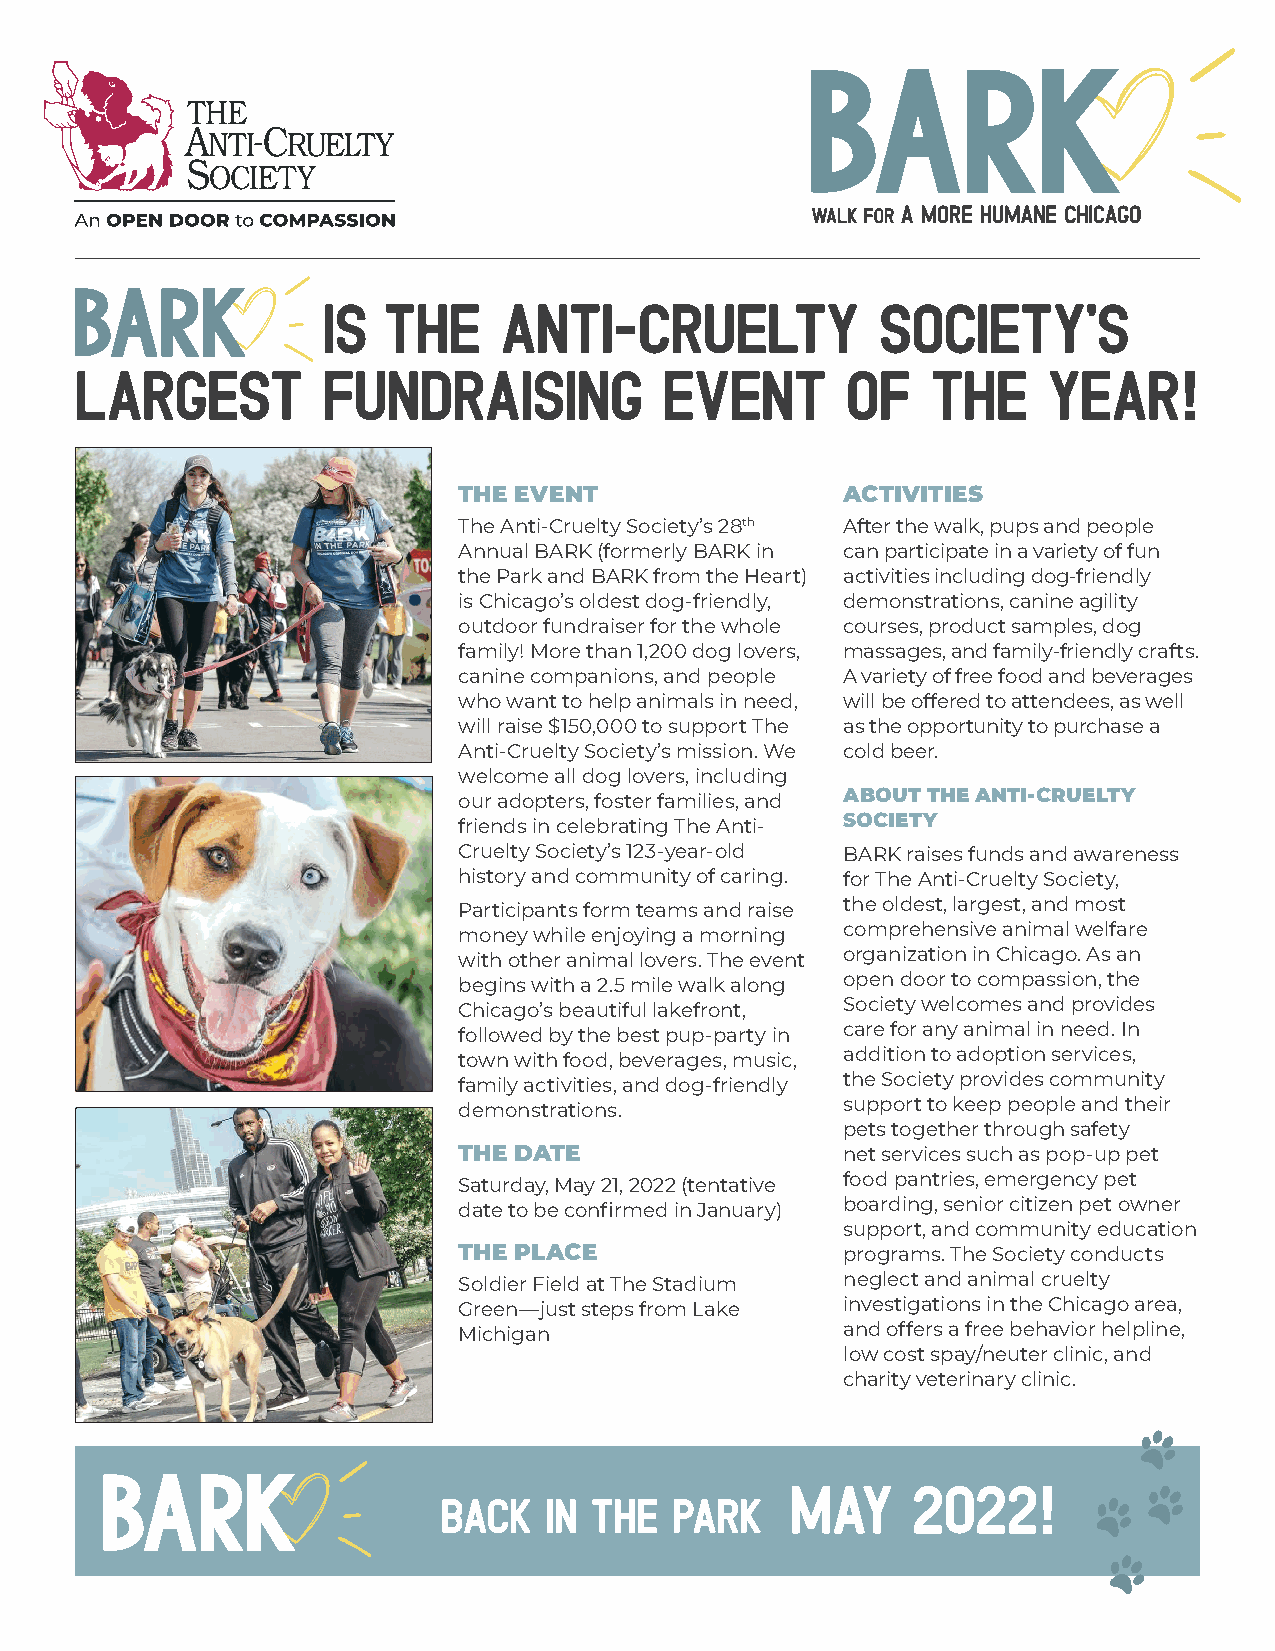
i s The     Anti-Cruelty             Society’s
 largest         fundraising            event       of    the    year
 !
 THE EVENT                 ACTIVITIES
 The Anti-Cruelty Society’s 28th After the walk, pups and people
 Annual BARK (formerly BARK in can participate in a variety of fun
 the Park and BARK from the Heart) activities including dog-friendly
 is Chicago’s oldest dog-friendly, demonstrations, canine agility
 outdoor fundraiser for the whole courses, product samples, dog
 family! More than 1,200 dog lovers, massages, and family-friendly crafts.
 canine companions, and people A variety of free food and beverages
 who want to help animals in need, will be offered to attendees, as well
 will raise $150,000 to support The as the opportunity to purchase a
 Anti-Cruelty Society’s mission. We cold beer.
 welcome all dog lovers, including
 our adopters, foster families, and ABOUT THE ANTI-CRUELTY
 friends in celebrating The Anti- SOCIETY
 Cruelty Society’s 123-year-old BARK raises funds and awareness
 history and community of caring. for The Anti-Cruelty Society,
 Participants form teams and raise the oldest, largest, and most
 money while enjoying a morning comprehensive animal welfare
 with other animal lovers. The event organization in Chicago. As an
 begins with a 2.5 mile walk along open door to compassion, the
 Chicago’s beautiful lakefront, Society welcomes and provides
 followed by the best pup-party in care for any animal in need. In
 town with food, beverages, music, addition to adoption services,
 family activities, and dog-friendly the Society provides community
 demonstrations.           support to keep people and their
 pets together through safety
 THE DATE                  net services such as pop-up pet
 Saturday, May 21, 2022 (tentative food pantries, emergency pet
 date to be confirmed in January) boarding, senior citizen pet owner
 support, and community education
 THE PLACE                 programs. The Society conducts
 Soldier Field at The Stadium neglect and animal cruelty
 Green—just steps from Lake investigations in the Chicago area,
 Michigan                  and offers a free behavior helpline,
 low cost spay/neuter clinic, and
 charity veterinary clinic.